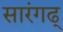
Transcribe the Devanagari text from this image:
सारंगढ्